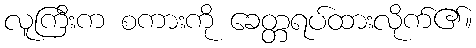
လူကြီးက စကားကို ခေတ္တရပ်ထားလိုက်၏။